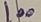
Text: 100